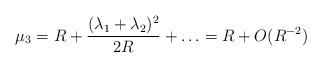
LaTeX: \begin{align*}\mu_3= R + \frac{(\lambda_1 +\lambda_2)^2}{2R} + \ldots = R + O (R^{-2}) \end{align*}